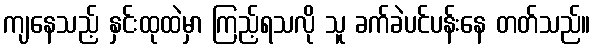
ကျနေသည့် နှင်းထုထဲမှာ ကြည့်ရသလို သူ ခက်ခဲပင်ပန်းနေ တတ်သည်။